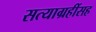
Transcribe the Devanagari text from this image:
सत्याग्रहींसह